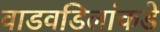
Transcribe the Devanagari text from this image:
वाडवडिलांकडे